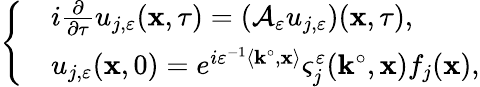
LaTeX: \left\{ \begin{array}{rl}&{i\frac{\partial}{\partial\tau}u_{j,\varepsilon}(\mathbf{x},\tau)=(\mathcal{A}_{\varepsilon}u_{j,\varepsilon})(\mathbf{x},\tau),}\\ &{u_{j,\varepsilon}(\mathbf{x},0)=e^{i\varepsilon^{-1}\left\langle\mathbf{k}^{\circ},\mathbf{x}\right\rangle}\varsigma_{j}^{\varepsilon}(\mathbf{k}^{\circ},\mathbf{x})f_{j}(\mathbf{x}),}\end{array}\right.